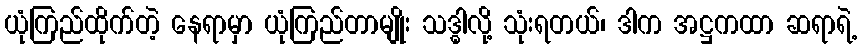
ယုံကြည်ထိုက်တဲ့ နေရာမှာ ယုံကြည်တာမျိုး သဒ္ဓါလို့ သုံးရတယ်၊ ဒါက အဋ္ဌကထာ ဆရာရဲ့